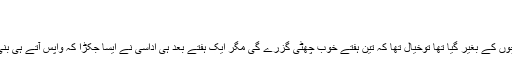
خاموشی سے ہال کے وسط کی ایک…
17/09/2019 انیق ناجی 2,270 Views
قریب دو برس کے بعد پانچ ستمبر کو لندن روانہ ہوا، چونکہ بچوں کے بغیر گیا تھا توخیال تھا کہ تین ہفتے خوب چھٹی گزرے گی مگر ایک ہفتے بعد ہی اداسی نے ایسا جکڑا کہ واپس آتے ہی بنی اور دورہ مختصر کرتے ہوئے پندرہ تاریخ کو ہی واپس ہو لیا۔